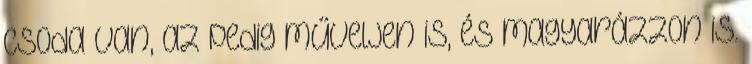
csoda van, az pedig műveljen is, és magyarázzon is.